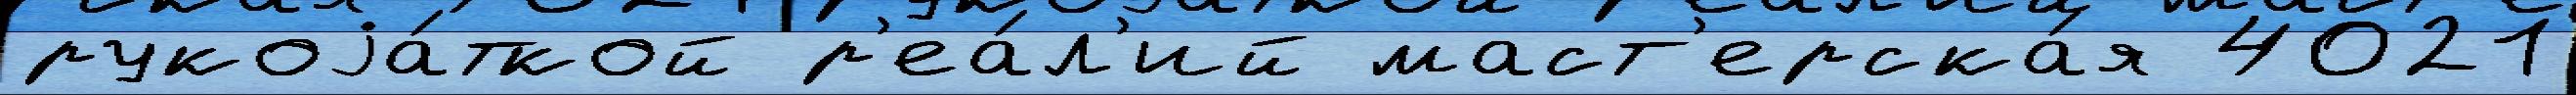
рукоjа́ткой р'еа́л'ий маст'ерска́я 4021